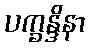
ပက္ခန္ဒိနာ